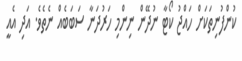
ކުންފުނިތަކަށް ހައްޖު ކޯޓާ ނުދޭން ނިންމި ހަރުދަނާ ސަބަބެއް ނެތެވެ. އަދި އެއީ